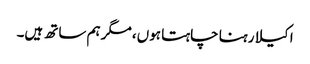
اکیلا رہنا چاہتا ہوں، مگر ہم ساتھ ہیں۔